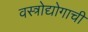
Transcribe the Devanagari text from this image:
वस्त्रोद्योगाची